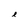
Character: e